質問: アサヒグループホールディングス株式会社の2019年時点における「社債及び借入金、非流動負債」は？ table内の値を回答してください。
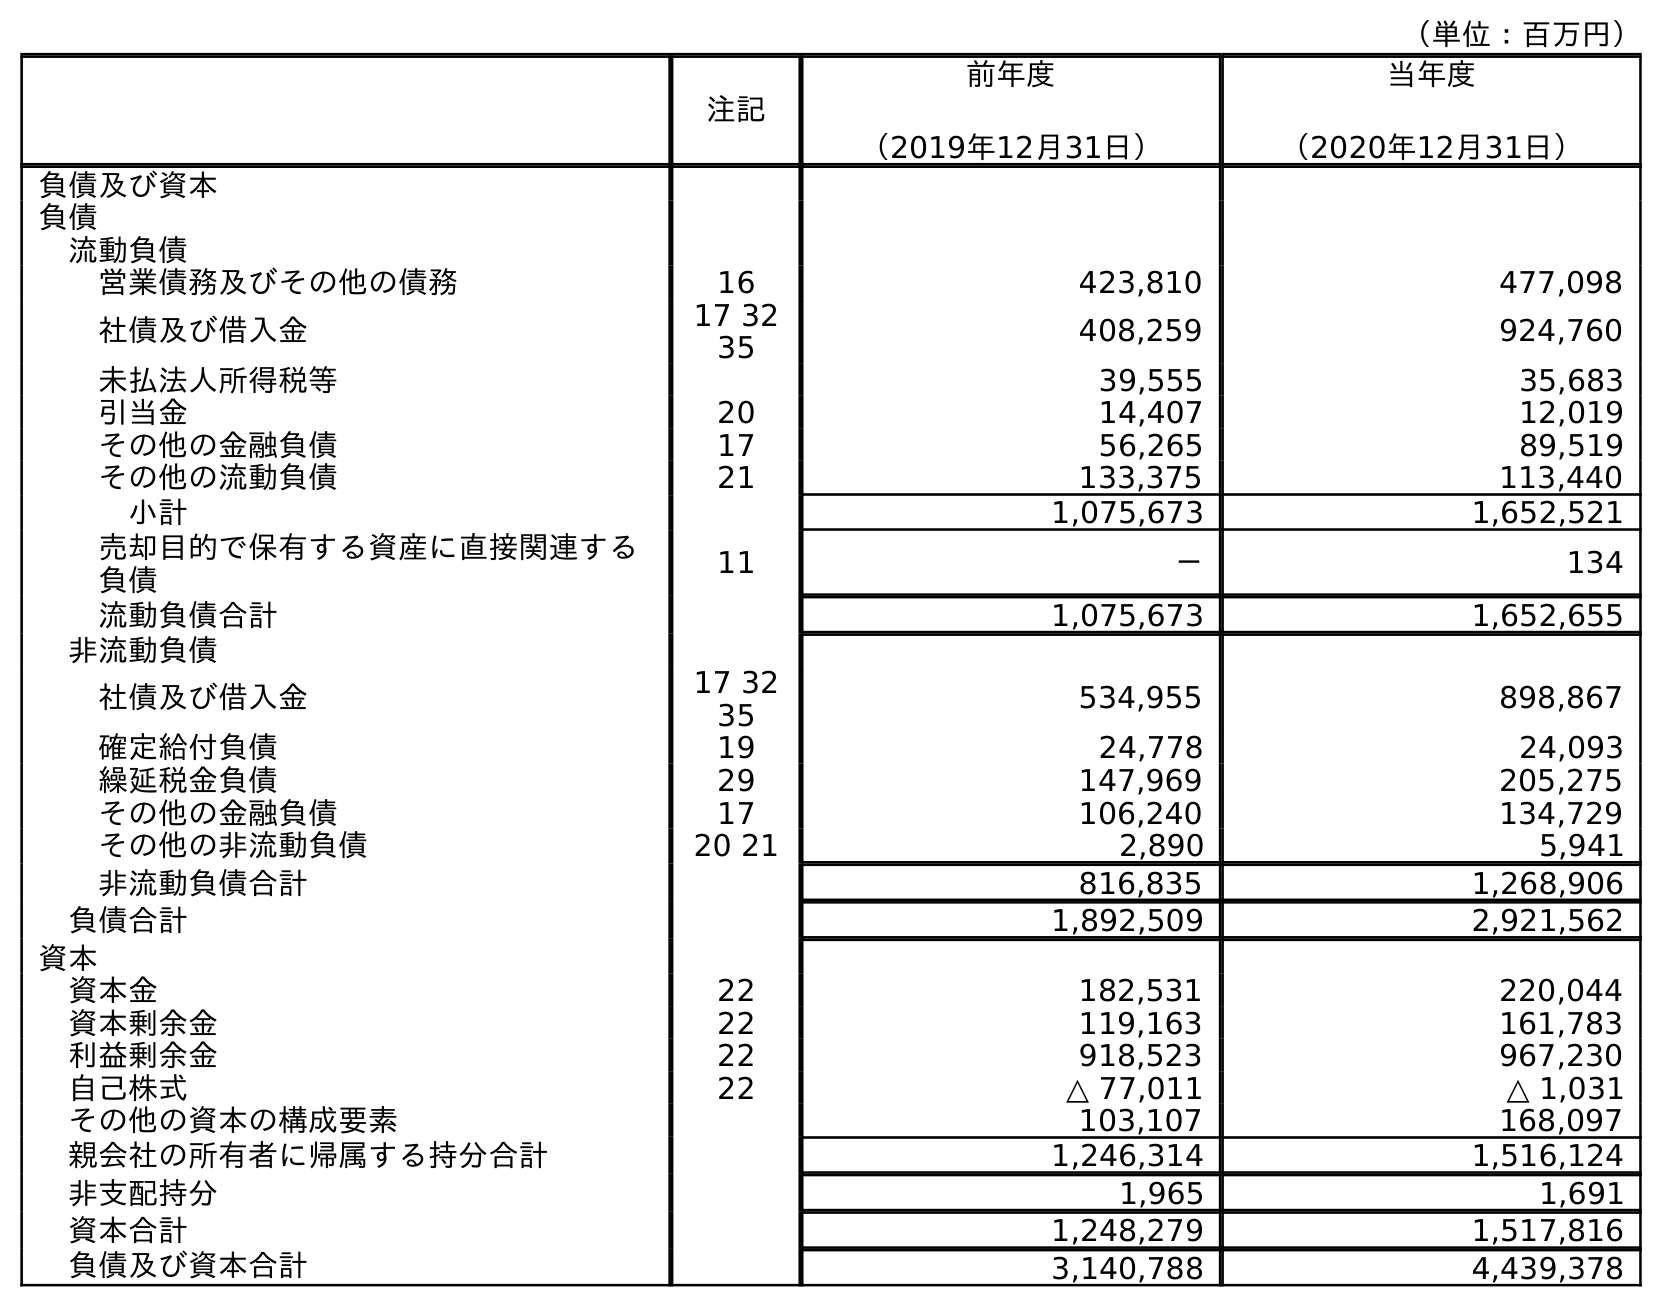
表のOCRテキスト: （単位：百万円） 注記 前年度 （2019年12月31日） 当年度 （2020年12月31日） 負債及び資本 負債 流動負債 営業債務及びその他の債務 16 423,810 477,098 社債及び借入金 17 32 35 408,259 924,760 未払法人所得税等 39,555 35,683 引当金 20 14,407 12,019 その他の金融負債 17 56,265 89,519 その他の流動負債 21 133,375 113,440 小計 1,075,673 1,652,521 売却目的で保有する資産に直接関連する 負債 11 － 134 流動負債合計 1,075,673 1,652,655 非流動負債 社債及び借入金 17 32 35 534,955 898,867 確定給付負債 19 24,778 24,093 繰延税金負債 29 147,969 205,275 その他の金融負債 17 106,240 134,729 その他の非流動負債 20 21 2,890 5,941 非流動負債合計 816,835 1,268,906 負債合計 1,892,509 2,921,562 資本 資本金 22 182,531 220,044 資本剰余金 22 119,163 161,783 利益剰余金 22 918,523 967,230 自己株式 22 △ 77,011 △ 1,031 その他の資本の構成要素 103,107 168,097 親会社の所有者に帰属する持分合計 1,246,314 1,516,124 非支配持分 1,965 1,691 資本合計 1,248,279 1,517,816 負債及び資本合計 3,140,788 4,439,378
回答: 534,955